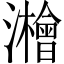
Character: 𱪈